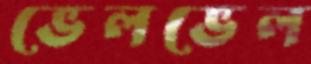
ভেলভেল